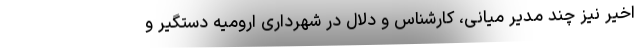
اخیر نیز چند مدیر میانی، کارشناس و دلال در شهرداری ارومیه دستگیر و